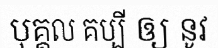
បុគ្គល គប្បី ឲ្យ នូវ